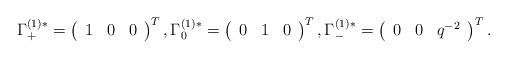
LaTeX: \begin{align*}\Gamma_{+}^{(1)*} = \left(\begin{array}{ccc}1 & 0 & 0\end{array}\right)^T, \Gamma_{0}^{(1)*} = \left(\begin{array}{ccc}0 & 1 & 0\end{array}\right)^T, \Gamma_{-}^{(1)*} = \left(\begin{array}{ccc}0 & 0 & q^{-2}\end{array}\right)^T.\end{align*}